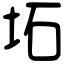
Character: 坧